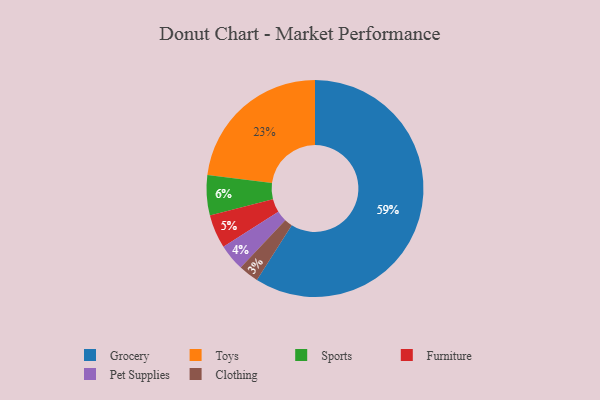
{"axis": {"x": "Category", "y": "Percentage"}, "legend": ["Clothing", "Furniture", "Grocery", "Pet Supplies", "Sports", "Toys"], "data": [{"x": "Sports", "y": 6, "type": "Sports"}, {"x": "Furniture", "y": 5, "type": "Furniture"}, {"x": "Pet Supplies", "y": 4, "type": "Pet Supplies"}, {"x": "Grocery", "y": 59, "type": "Grocery"}, {"x": "Clothing", "y": 3, "type": "Clothing"}, {"x": "Toys", "y": 23, "type": "Toys"}]}